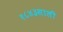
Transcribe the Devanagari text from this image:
१८४३साली